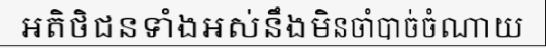
អតិថិជនទាំងអស់នឹងមិនចាំបាច់ចំណាយ